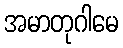
အမာတုဂါမေ